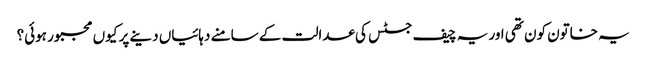
یہ خاتون کون تھی اور یہ چیف جسٹس کی عدالت کے سامنے دہائیاں دینے پر کیوں مجبور ہوئی؟